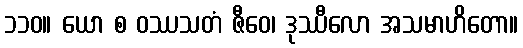
၁၁၀။ ယော စ ဝဿသတံ ဇီဝေ၊ ဒုဿီလော အသမာဟိတော။